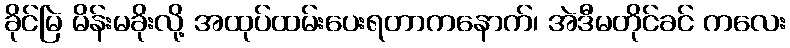
ခိုင်မြဲ မိန်းမခိုးလို့ အထုပ်ထမ်းပေးရတာကနောက်၊ အဲဒီမတိုင်ခင် ကလေး